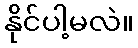
နိုင်ပါ့မလဲ။